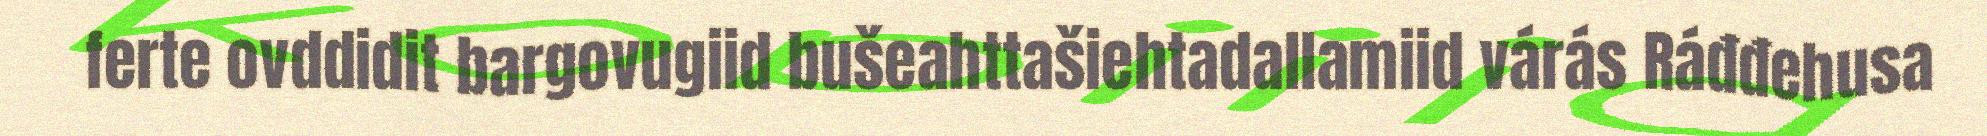
ferte ovddidit bargovugiid bušeahttašiehtadallamiid várás Ráđđehusa